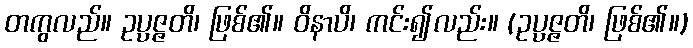
တကွလည်။ ဥပ္ပဇ္ဇတိ၊ ဖြစ်၏။ ဝိနာပိ၊ ကင်း၍လည်း။ (ဥပ္ပဇ္ဇတိ၊ ဖြစ်၏။)